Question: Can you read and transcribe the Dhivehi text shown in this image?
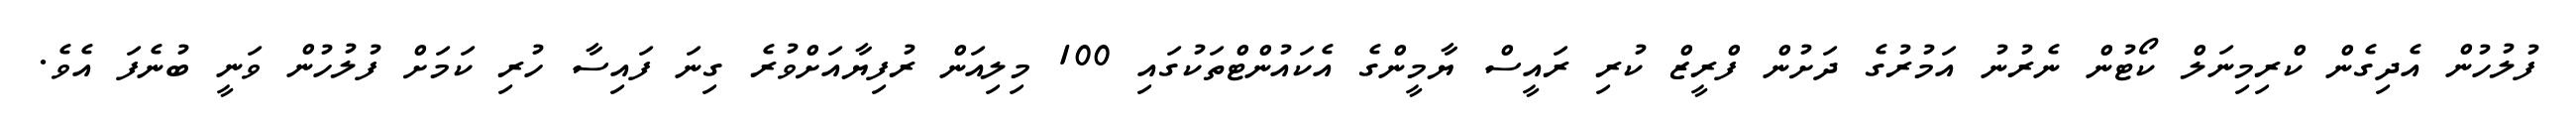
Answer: ފުލުހުން އެދިގެން ކްރިމިނަލް ކޯޓުން ނެރުނު އަމުރުގެ ދަށުން ފްރީޒް ކުރި ރައީސް ޔާމީންގެ އެކައުންޓްތަކުގައި 100 މިލިއަން ރުފިޔާއަށްވުރެ ގިނަ ފައިސާ ހުރި ކަމަށް ފުލުހުން ވަނީ ބުނެފަ އެވެ.